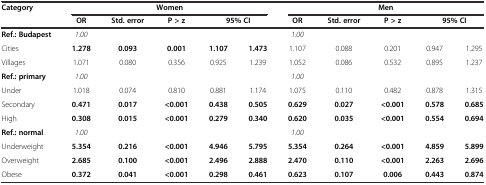
| <ROWSPAN=2> Category | <COLSPAN=5> Women | <COLSPAN=5> Men |
 | OR | Std. error | P > z | <COLSPAN=2> 95% CI | OR | Std. error | P > z | <COLSPAN=2> 95% CI |
 | --- | --- | --- | --- | --- | --- | --- | --- | --- | --- | --- |
 | Ref.: Budapest | 1.00 |  |  |  |  | 1.00 |  |  |  |  |
 | Cities | 1.278 | 0.093 | 0.001 | 1.107 | 1.473 | 1.107 | 0.088 | 0.201 | 0.947 | 1.295 |
 | Villages | 1.071 | 0.080 | 0.356 | 0.925 | 1.239 | 1.052 | 0.086 | 0.532 | 0.895 | 1.237 |
 | Ref.: primary | 1.00 |  |  |  |  | 1.00 |  |  |  |  |
 | Under | 1.018 | 0.074 | 0.810 | 0.881 | 1.174 | 1.075 | 0.110 | 0.482 | 0.878 | 1.315 |
 | Secondary | 0.471 | 0.017 | <0.001 | 0.438 | 0.505 | 0.629 | 0.027 | <0.001 | 0.578 | 0.685 |
 | High | 0.308 | 0.015 | <0.001 | 0.279 | 0.340 | 0.620 | 0.035 | <0.001 | 0.554 | 0.694 |
 | Ref.: normal | 1.00 |  |  |  |  | 1.00 |  |  |  |  |
 | Underweight | 5.354 | 0.216 | <0.001 | 4.946 | 5.795 | 5.354 | 0.264 | <0.001 | 4.859 | 5.899 |
 | Overweight | 2.685 | 0.100 | <0.001 | 2.496 | 2.888 | 2.470 | 0.110 | <0.001 | 2.263 | 2.696 |
 | Obese | 0.372 | 0.041 | <0.001 | 0.298 | 0.461 | 0.623 | 0.107 | 0.006 | 0.443 | 0.874 |